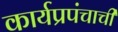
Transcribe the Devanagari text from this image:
कार्यप्रपंचाची